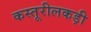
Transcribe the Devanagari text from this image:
कस्तूरीलकड़ी